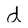
Character: d